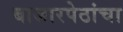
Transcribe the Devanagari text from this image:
बाजारपेठांचा